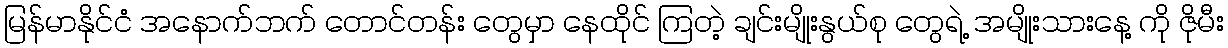
မြန်မာနိုင်ငံ အနောက်ဘက် တောင်တန်း တွေမှာ နေထိုင် ကြတဲ့ ချင်းမျိုးနွယ်စု တွေရဲ့ အမျိုးသားနေ့ ကို ဇိုမီး